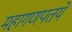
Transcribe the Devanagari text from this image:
महागणपतये